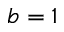
b = 1